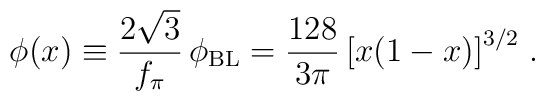
\phi (x) \equiv \frac{2 \sqrt{3}}{f_\pi} \, \phi_\mathrm{BL} =  \frac{128}{3 \pi} \, \big[x     (1-x)\big]^{3/2}  \; .